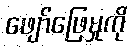
ဖျော်ဖြေမှုကို